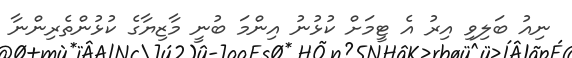
ނިއު ބަލިވި އިރު އެ ޓީމަށް ކުޅުނު އިންމަ ބުނީ މާޒިޔާގެ ކުޅުންތެރިންނާ